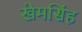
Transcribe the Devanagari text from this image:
खेमसिंह